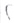
Text: S